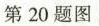
第20题图